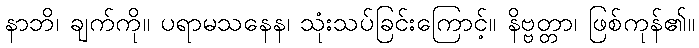
နာဘိ၊ ချက်ကို။ ပရာမသနေန၊ သုံးသပ်ခြင်းကြောင့်။ နိဗ္ဗတ္တာ၊ ဖြစ်ကုန်၏။